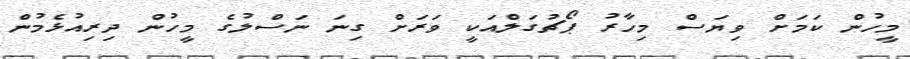
މީހުން ކަމަށް ވިޔަސް މިހާރު ޕޯޗުގަލްއަކީ ވަރަށް ގިނަ ނަސްލުގެ މީހުން ދިރިއުޅެމުން